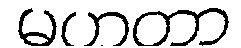
မဟတာ